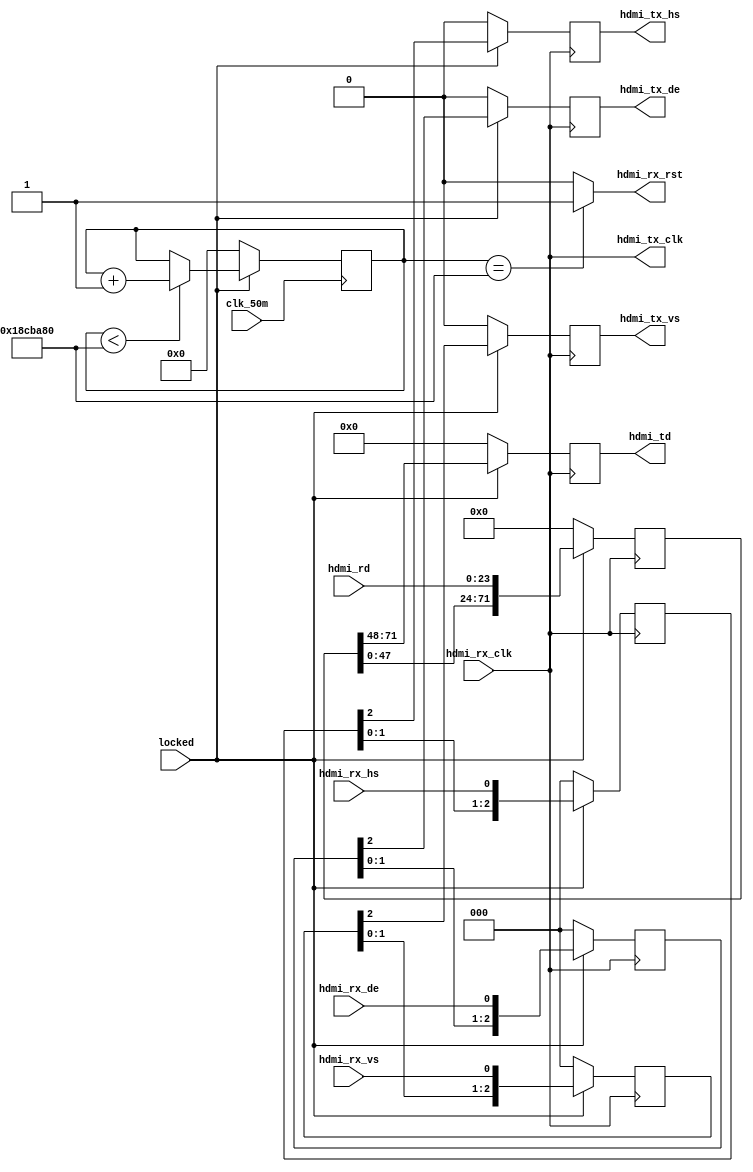
`timescale 1ns / 1ps
//////////////////////////////////////////////////////////////////////////////////
// Company: 
// Engineer: 
// 
// Design Name: 
// Module Name: hdmi_rx_rst_controller
// Project Name: 
// Target Devices: 
// Tool Versions: 
// Description: 
// 
// Dependencies: 
// 
// Revision:
// Revision 0.01 - File Created
// Additional Comments:
// 
//////////////////////////////////////////////////////////////////////////////////


module hdmi_rx_interface(
    input	wire			clk_50m	,
	input 	wire 			locked 		,
	input 	wire 			hdmi_rx_clk	,//
    input     wire             hdmi_rx_de     ,//
    input     wire               hdmi_rx_vs    ,//
    input     wire             hdmi_rx_hs    ,//
    input     wire     [23:0]    hdmi_rd     ,//
    output  wire             hdmi_rx_rst ,
    output     wire             hdmi_tx_clk    ,
    output     reg             hdmi_tx_de     ,
    output     reg               hdmi_tx_vs    ,
    output     reg             hdmi_tx_hs    ,
    output     reg     [23:0]    hdmi_td     
		
    );
    parameter       CNT_MAX = 26000000;
   
    reg 	[24:0]	cnt 		;
    wire             rst         ;
    wire             ready         ;
    
    reg     [2:0]    rx_de_dd     ;//
    reg     [2:0]    rx_vs_dd    ;//
    reg     [2:0]    rx_hs_dd     ;//
    reg     [71:0]    rd_dd         ;//
    
    assign rst = ~locked;
    assign hdmi_tx_clk = hdmi_rx_clk;
    assign hdmi_rx_rst = ready;
    
    
    
    
    
    
    always@(posedge clk_50m )begin
        if(locked==1'b0)
            cnt <= 'd0;
        else if(cnt <CNT_MAX)
            cnt <= cnt + 1'b1;
        else
            cnt <= cnt;
    end
    assign  ready = (cnt==CNT_MAX)?1'b1:1'b0;
    
    always @(posedge hdmi_rx_clk) begin
        if (rst==1'b1) begin
            rx_de_dd <=1'b0     ;
            rx_vs_dd <=1'b0    ;
            rx_hs_dd <=1'b0    ;
            rd_dd <='d0    ;
            hdmi_tx_de <= 1'b0    ;//
            hdmi_tx_vs <= 1'b0    ;//
            hdmi_tx_hs <= 1'b0    ;//
            hdmi_td <='d0;//
        end
        else begin
            rx_de_dd <= {rx_de_dd[1:0],hdmi_rx_de}     ;
            rx_vs_dd <= {rx_vs_dd[1:0],hdmi_rx_vs}    ;
            rx_hs_dd <= {rx_hs_dd[1:0],hdmi_rx_hs}    ;
            rd_dd <= {rd_dd[47:0],hdmi_rd}    ;
            hdmi_tx_de <= rx_de_dd[2]    ;//
            hdmi_tx_vs <= rx_vs_dd[2]    ;//
            hdmi_tx_hs <= rx_hs_dd[2]    ;//
            hdmi_td <= rd_dd[71:48];//
        end
    end

    
endmodule